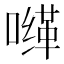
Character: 𰈮